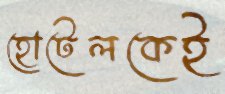
হোটেলকেই